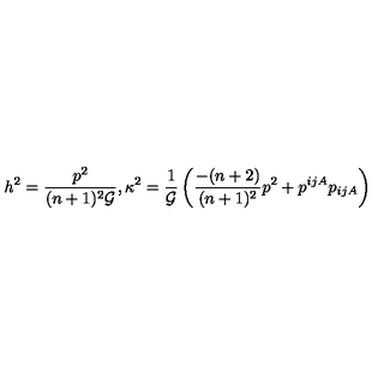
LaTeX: h ^ { 2 } = \frac { p ^ { 2 } } { ( n + 1 ) ^ { 2 } { \cal G } } , \kappa ^ { 2 } = \frac { 1 } { { \cal G } } \left( \frac { - ( n + 2 ) } { ( n + 1 ) ^ { 2 } } p ^ { 2 } + p ^ { i j A } p _ { i j A } \right)